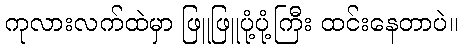
ကုလားလက်ထဲမှာ ဖြူဖြူပုံ့ပုံ့ကြီး ထင်းနေတာပဲ။